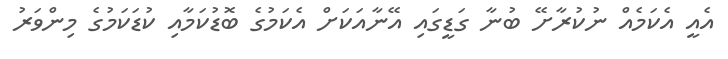
އެއީ އެކަމެއް ނުކުރާށޭ ބުނާ ގަޑީގައި އޭނާއަކަށް އެކަމުގެ ބޮޑުކަމާއި ކުޑަކަމުގެ މިންވަރު